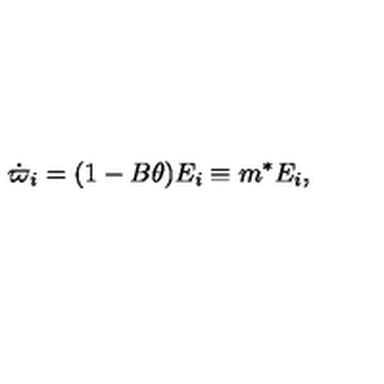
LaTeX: \dot { \varpi } _ { i } = ( 1 - B \theta ) E _ { i } \equiv m ^ { * } E _ { i } ,